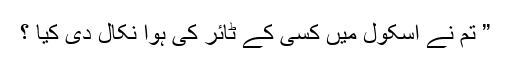
” تم نے اسکول میں کسی کے ٹائر کی ہوا نکال دی کیا ؟